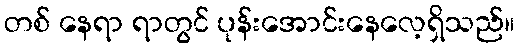
တစ် နေရာ ရာတွင် ပုန်းအောင်းနေလေ့ရှိသည်။